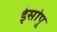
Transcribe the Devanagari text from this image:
ईसोपू